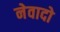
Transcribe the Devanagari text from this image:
नेवादो